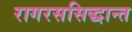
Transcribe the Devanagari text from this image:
रागरससिद्धान्त